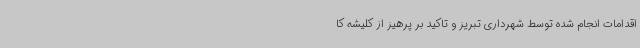
اقدامات انجام شده توسط شهرداری تبریز و تاکید بر پرهیز از کلیشه کا